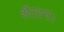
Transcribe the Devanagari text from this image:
शैतान।